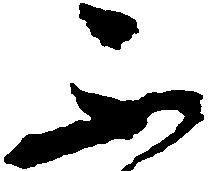
不